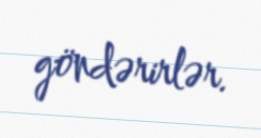
göndərirlər.